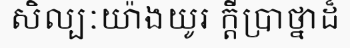
សិល្បៈយ៉ាងយូរ ក្តីប្រាថ្នាដ៏